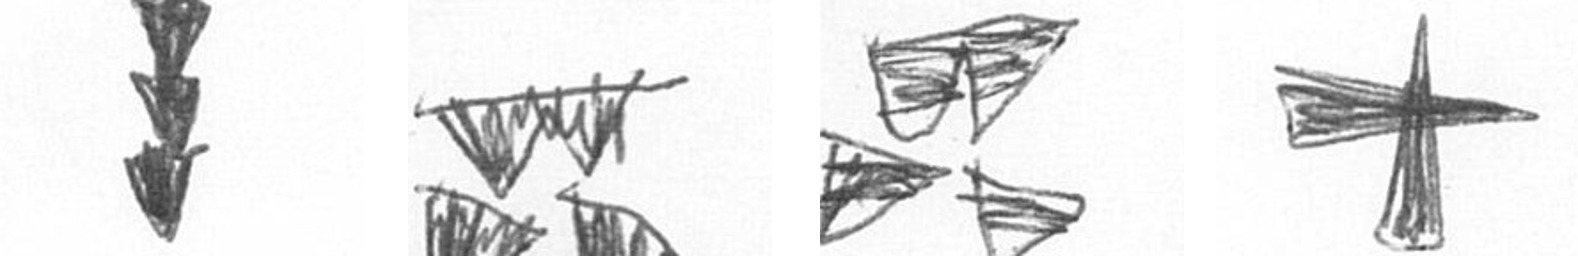
E B B G